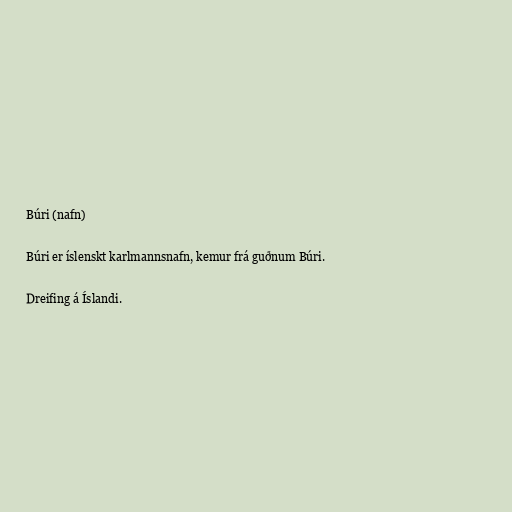
Búri (nafn)

Búri er íslenskt karlmannsnafn, kemur frá guðnum Búri.

Dreifing á Íslandi.